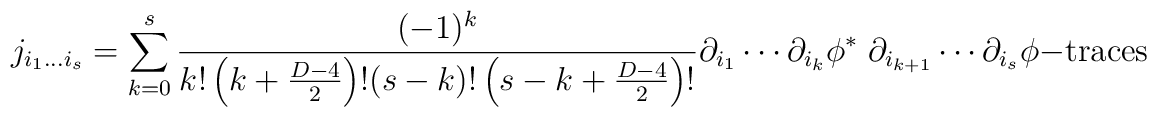
j_{i_1\ldots i_s}=\sum\limits_{k=0}^s{(-1)^k\over k!\left(k+{D-4\over 2}\right)! (s-k)!\left(s-k+{D-4\over 2}\right)!}\partial_{i_1}\cdots\partial_{i_k}\phi^*\;\partial_{i_{k+1}}\cdots\partial_{i_s}\phi-\mbox{traces}